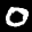
Label: 0